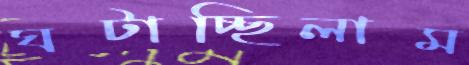
ঘটাচ্ছিলাম